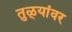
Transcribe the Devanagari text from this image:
तुळ्यांवर